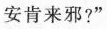
安肯来邪?”